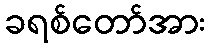
ခရစ်တော်အား